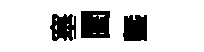
塞閨塈